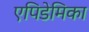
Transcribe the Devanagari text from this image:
एपिडेमिका